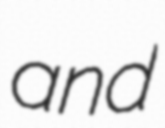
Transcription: and